Problem: 6 × 2 = ?
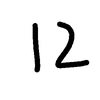
Handwritten answer: 12